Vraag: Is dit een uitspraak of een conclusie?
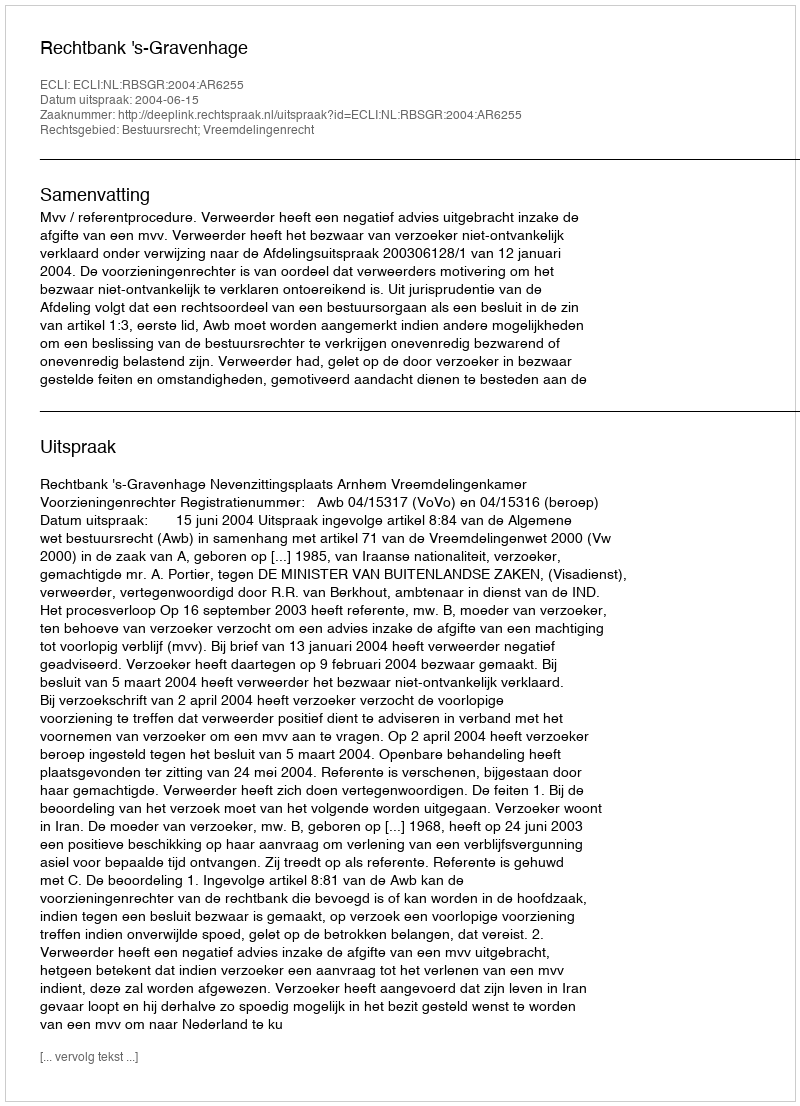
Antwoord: Uitspraak